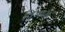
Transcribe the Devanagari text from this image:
विश्राम